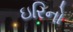
ઇરિનો